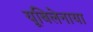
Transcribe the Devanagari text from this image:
यूबिलेनाया